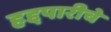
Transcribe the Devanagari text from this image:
हद्दपारीचे